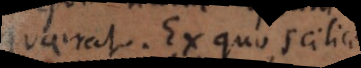
quaerat. Ex quo scilicet